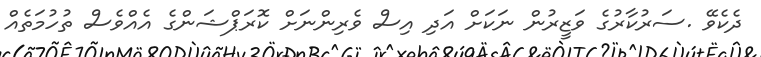
ދެކެވޭ .ސަރުކާރުގެ ވަޒީރުން ނަކަށް އަދި އިސް ވެރިންނަށް ކޮރަޕްޝަންގެ އެއްވެސް ތުހުމަތެއް